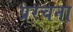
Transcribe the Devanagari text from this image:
प्ररचना